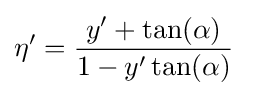
\eta '={\frac {y'+\tan(\alpha )}{1-y'\tan(\alpha )}}\